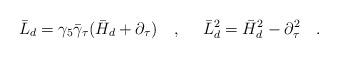
LaTeX: \begin{align*}\bar{L}_d=\gamma_5\bar{\gamma}_\tau(\bar{H}_d+\partial_\tau)~~~,~~~~\bar{L}_d^2=\bar{H}_d^2-\partial^2_\tau~~~.\end{align*}